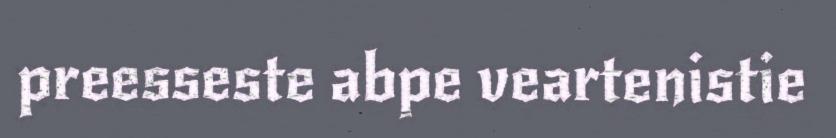
preesseste abpe veartenistie